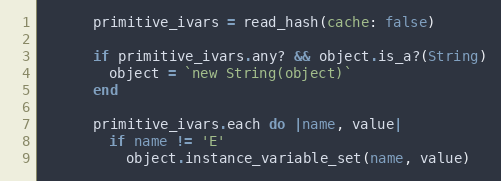
Language: Ruby
      primitive_ivars = read_hash(cache: false)

      if primitive_ivars.any? && object.is_a?(String)
        object = `new String(object)`
      end

      primitive_ivars.each do |name, value|
        if name != 'E'
          object.instance_variable_set(name, value)